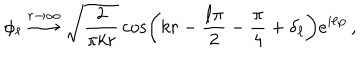
LaTeX: \phi _ { \ell } \stackrel { r \rightarrow \infty } { \longrightarrow } \sqrt { \frac { 2 } { \pi k r } } \cos \left( k r - \frac { \ell \pi } { 2 } - \frac { \pi } { 4 } + \delta _ { \ell } \right) e ^ { i \ell \varphi } \, ,